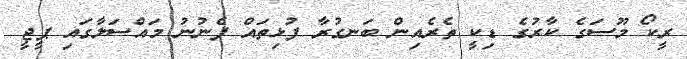
ރީކޯ މޫސަގެ ކާރުގެ ޑިކީ ތެރެއިން ބަނގުރާ ފުޅިތައް ފެނުނު މައްސަލާގައި ޕީޖީ